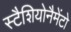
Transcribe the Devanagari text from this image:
स्टैशियोनैमेंटो